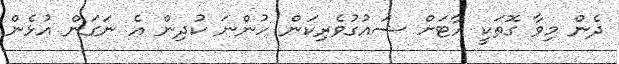
ދެން މިވާ ގޮތަކީ އާޓަށް ޝައުގުވެރިކަން ހުންނަ ކުދިން އެ ނަގަން އުޅެން